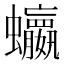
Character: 𮕗